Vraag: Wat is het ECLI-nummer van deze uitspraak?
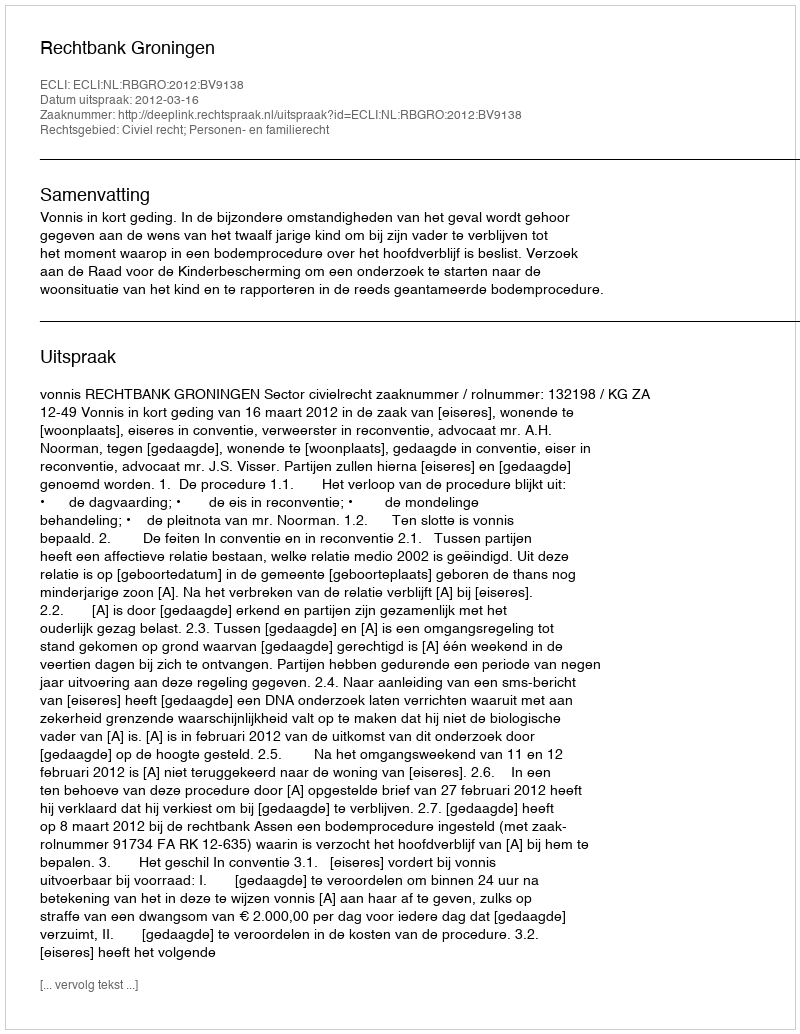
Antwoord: ECLI:NL:RBGRO:2012:BV9138